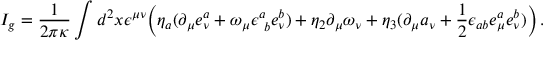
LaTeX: I _ { g } = \frac { 1 } { 2 \pi \kappa } \int d ^ { 2 } x \epsilon ^ { \mu \nu } \Bigl ( \eta _ { a } ( \partial _ { \mu } e _ { \nu } ^ { a } + \omega _ { \mu } \epsilon _ { ~ b } ^ { a } e _ { \nu } ^ { b } ) + \eta _ { 2 } \partial _ { \mu } \omega _ { \nu } + \eta _ { 3 } ( \partial _ { \mu } a _ { \nu } + \frac { 1 } { 2 } \epsilon _ { a b } e _ { \mu } ^ { a } e _ { \nu } ^ { b } ) \Bigr ) \, .